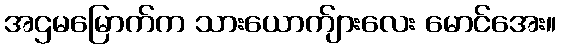
အဌမမြောက်က သားယောက်ျားလေး မောင်အေး။